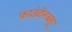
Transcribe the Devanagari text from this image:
फाउंटेनब्‍लू